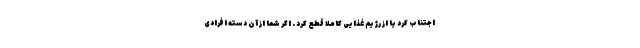
اجتناب کرد یا از رژیم غذایی کاملا قطع کرد . اگر شما از آن دسته افرادی